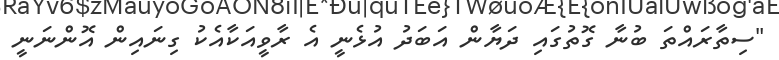
"ސިތާރައްތަ ބުނާ ގޮތުގައި ދަޔާން އަބަދު އުޅެނީ އެ ރާވީއަކާއެކު ގިނައިން އޮންނަނީ